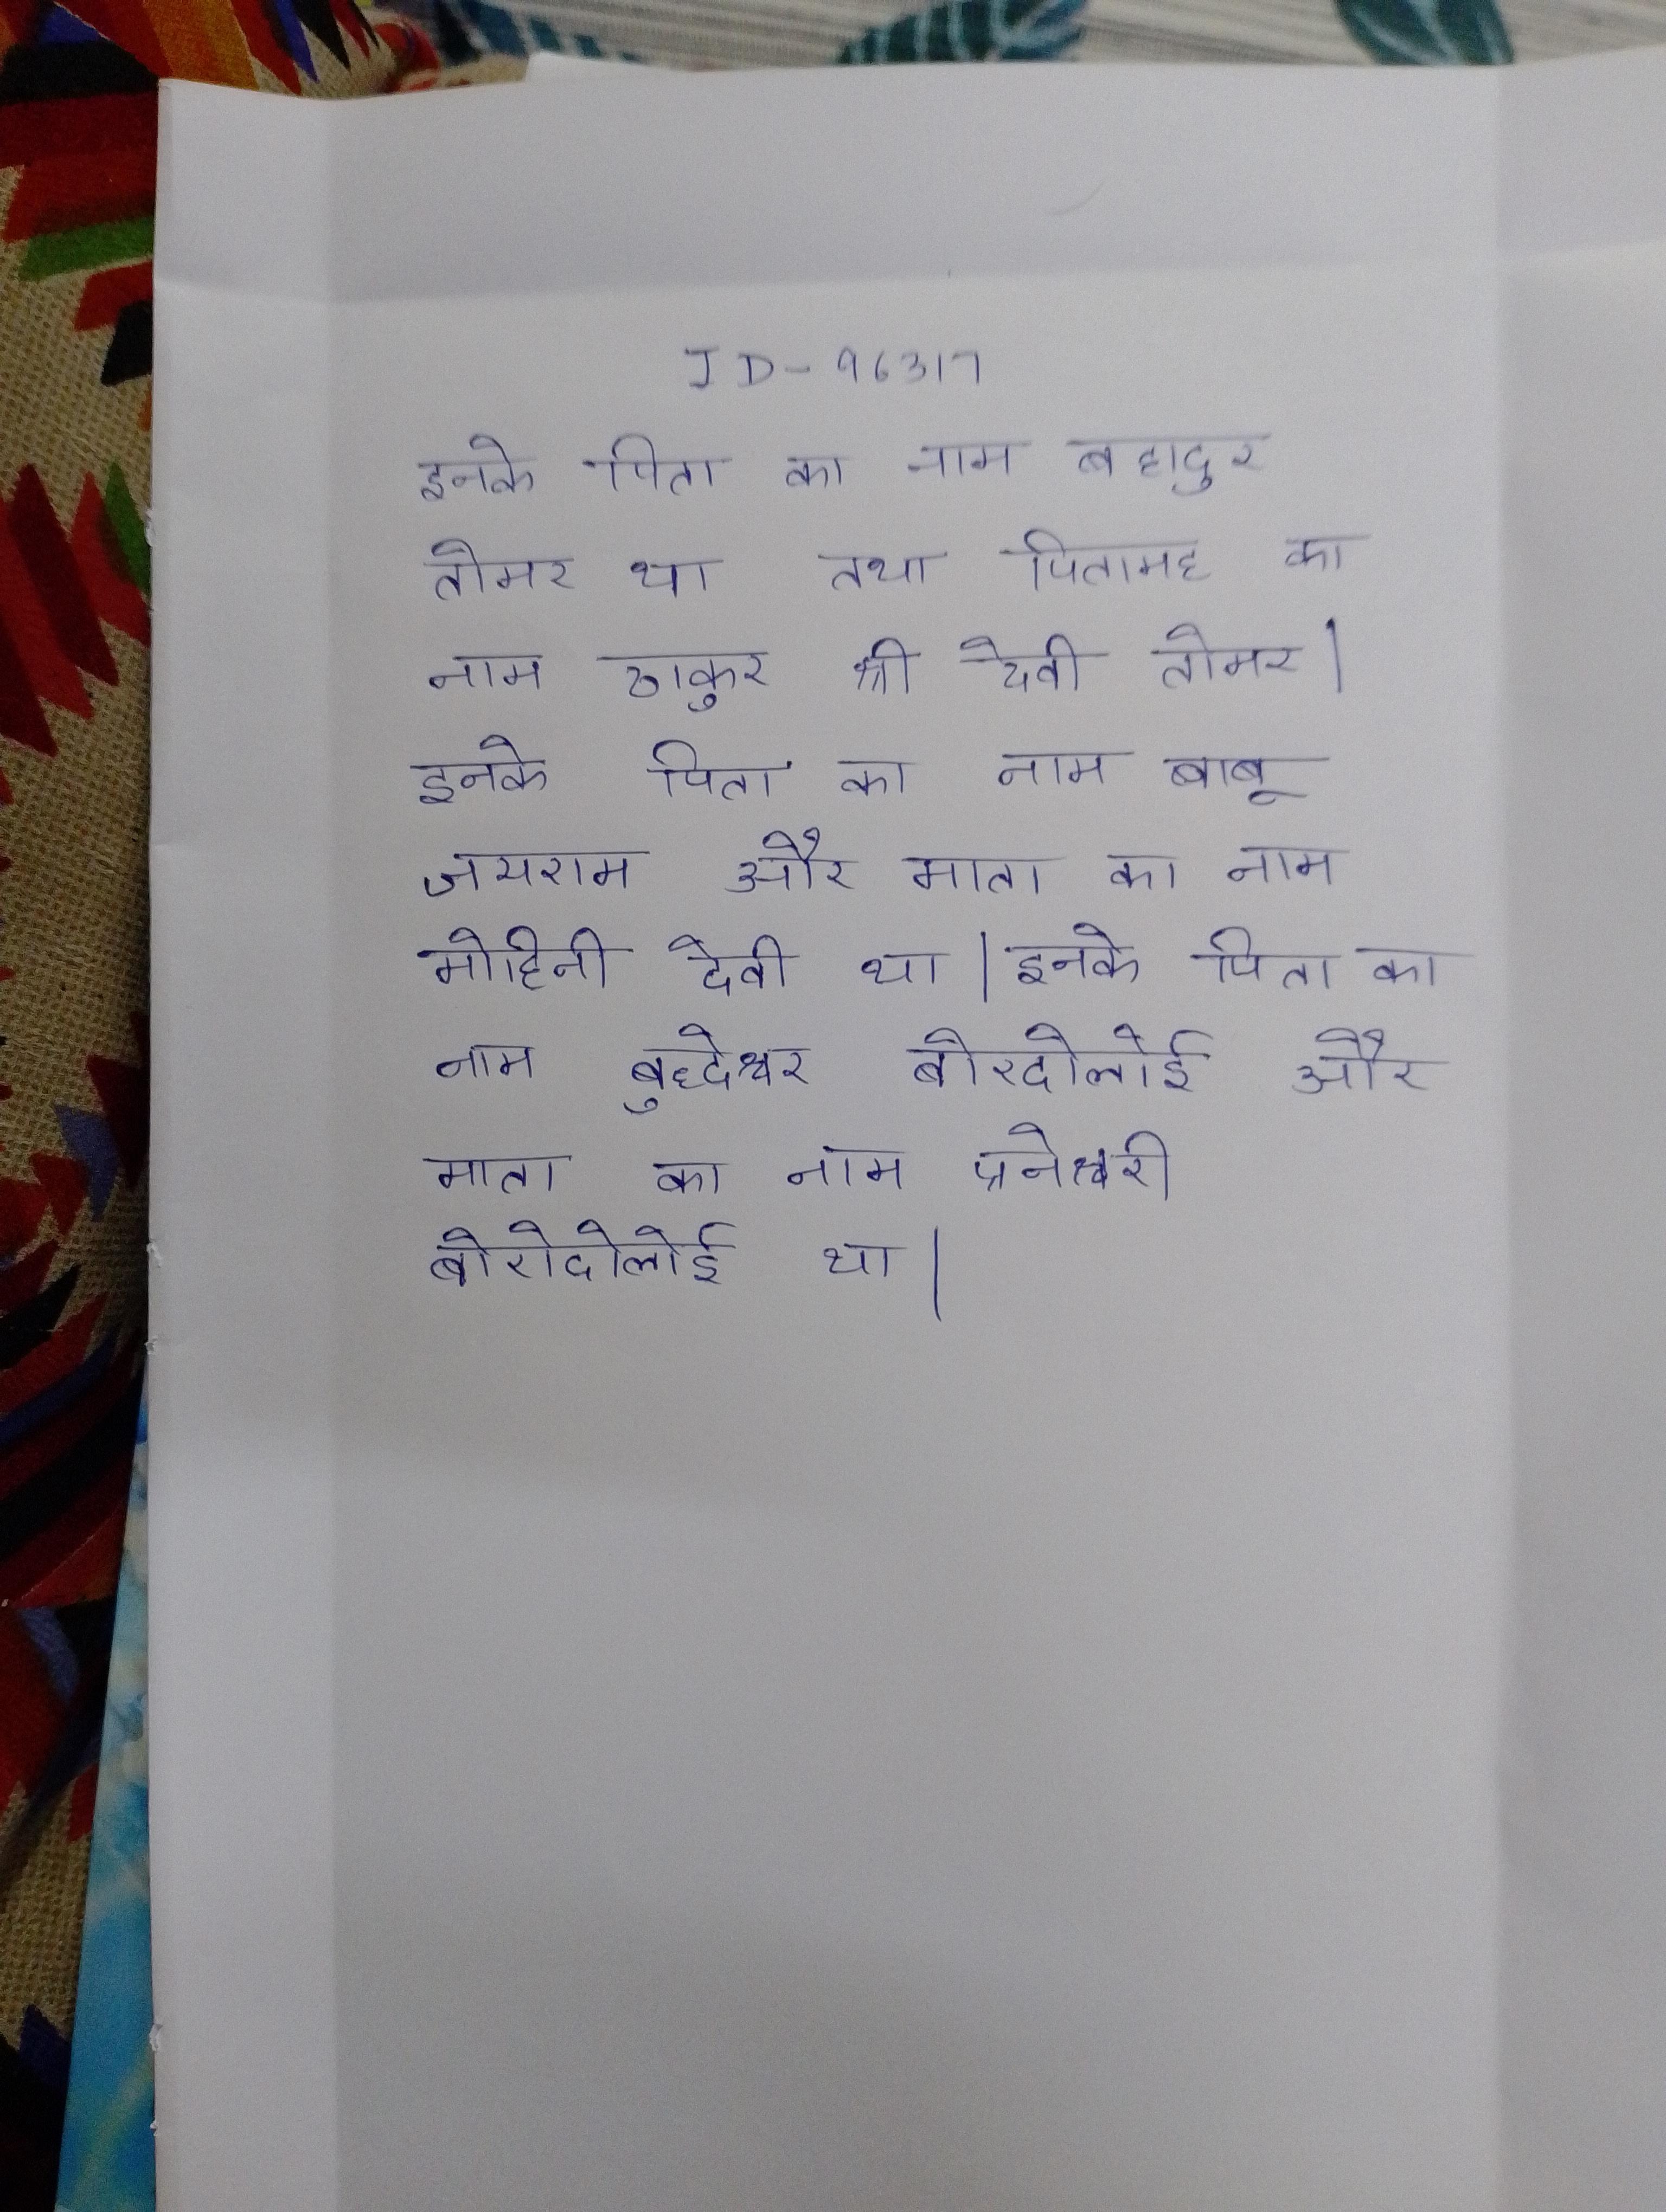
इनके पिता का नाम बहादुर तोमर था तथा पितामह का नाम ठाकुर श्री देवी तोमर । इनके पिता का नाम बाबू जयराम और माता का नाम मोहिनी देवी था । इनके पिता का नाम बुद्धेश्वर बोरदोलोई और माता का नाम प्रनेश्वरी बोरोदोलोई था ।